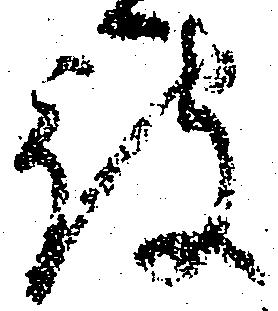
被